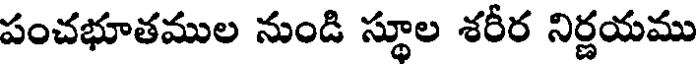
పంచభూతముల నుండి స్థూల శరీర నిర్ణయము